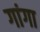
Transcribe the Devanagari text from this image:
गांगा